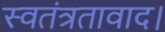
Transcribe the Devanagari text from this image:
स्वतंत्रतावाद।